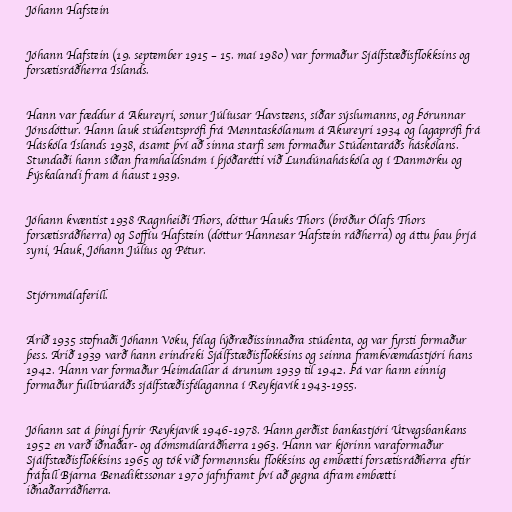
Jóhann Hafstein

Jóhann Hafstein (19. september 1915 – 15. maí 1980) var formaður Sjálfstæðisflokksins og
forsætisráðherra Íslands.

Hann var fæddur á Akureyri, sonur Júlíusar Havsteens, síðar sýslumanns, og Þórunnar
Jónsdóttur. Hann lauk stúdentsprófi frá Menntaskólanum á Akureyri 1934 og lagaprófi frá
Háskóla Íslands 1938, ásamt því að sinna starfi sem formaður Stúdentaráðs háskólans.
Stundaði hann síðan framhaldsnám í þjóðarétti við Lundúnaháskóla og í Danmörku og
Þýskalandi fram á haust 1939.

Jóhann kvæntist 1938 Ragnheiði Thors, dóttur Hauks Thors (bróður Ólafs Thors
forsætisráðherra) og Soffíu Hafstein (dóttur Hannesar Hafstein ráðherra) og áttu þau þrjá
syni, Hauk, Jóhann Júlíus og Pétur.

Stjórnmálaferill.

Árið 1935 stofnaði Jóhann Vöku, félag lýðræðissinnaðra stúdenta, og var fyrsti formaður
þess. Árið 1939 varð hann erindreki Sjálfstæðisflokksins og seinna framkvæmdastjóri hans
1942. Hann var formaður Heimdallar á árunum 1939 til 1942. Þá var hann einnig
formaður fulltrúaráðs sjálfstæðisfélaganna í Reykjavík 1943-1955.

Jóhann sat á þingi fyrir Reykjavík 1946-1978. Hann gerðist bankastjóri Útvegsbankans
1952 en varð iðnaðar- og dómsmálaráðherra 1963. Hann var kjörinn varaformaður
Sjálfstæðisflokksins 1965 og tók við formennsku flokksins og embætti forsætisráðherra eftir
fráfall Bjarna Benediktssonar 1970 jafnframt því að gegna áfram embætti
iðnaðarráðherra.